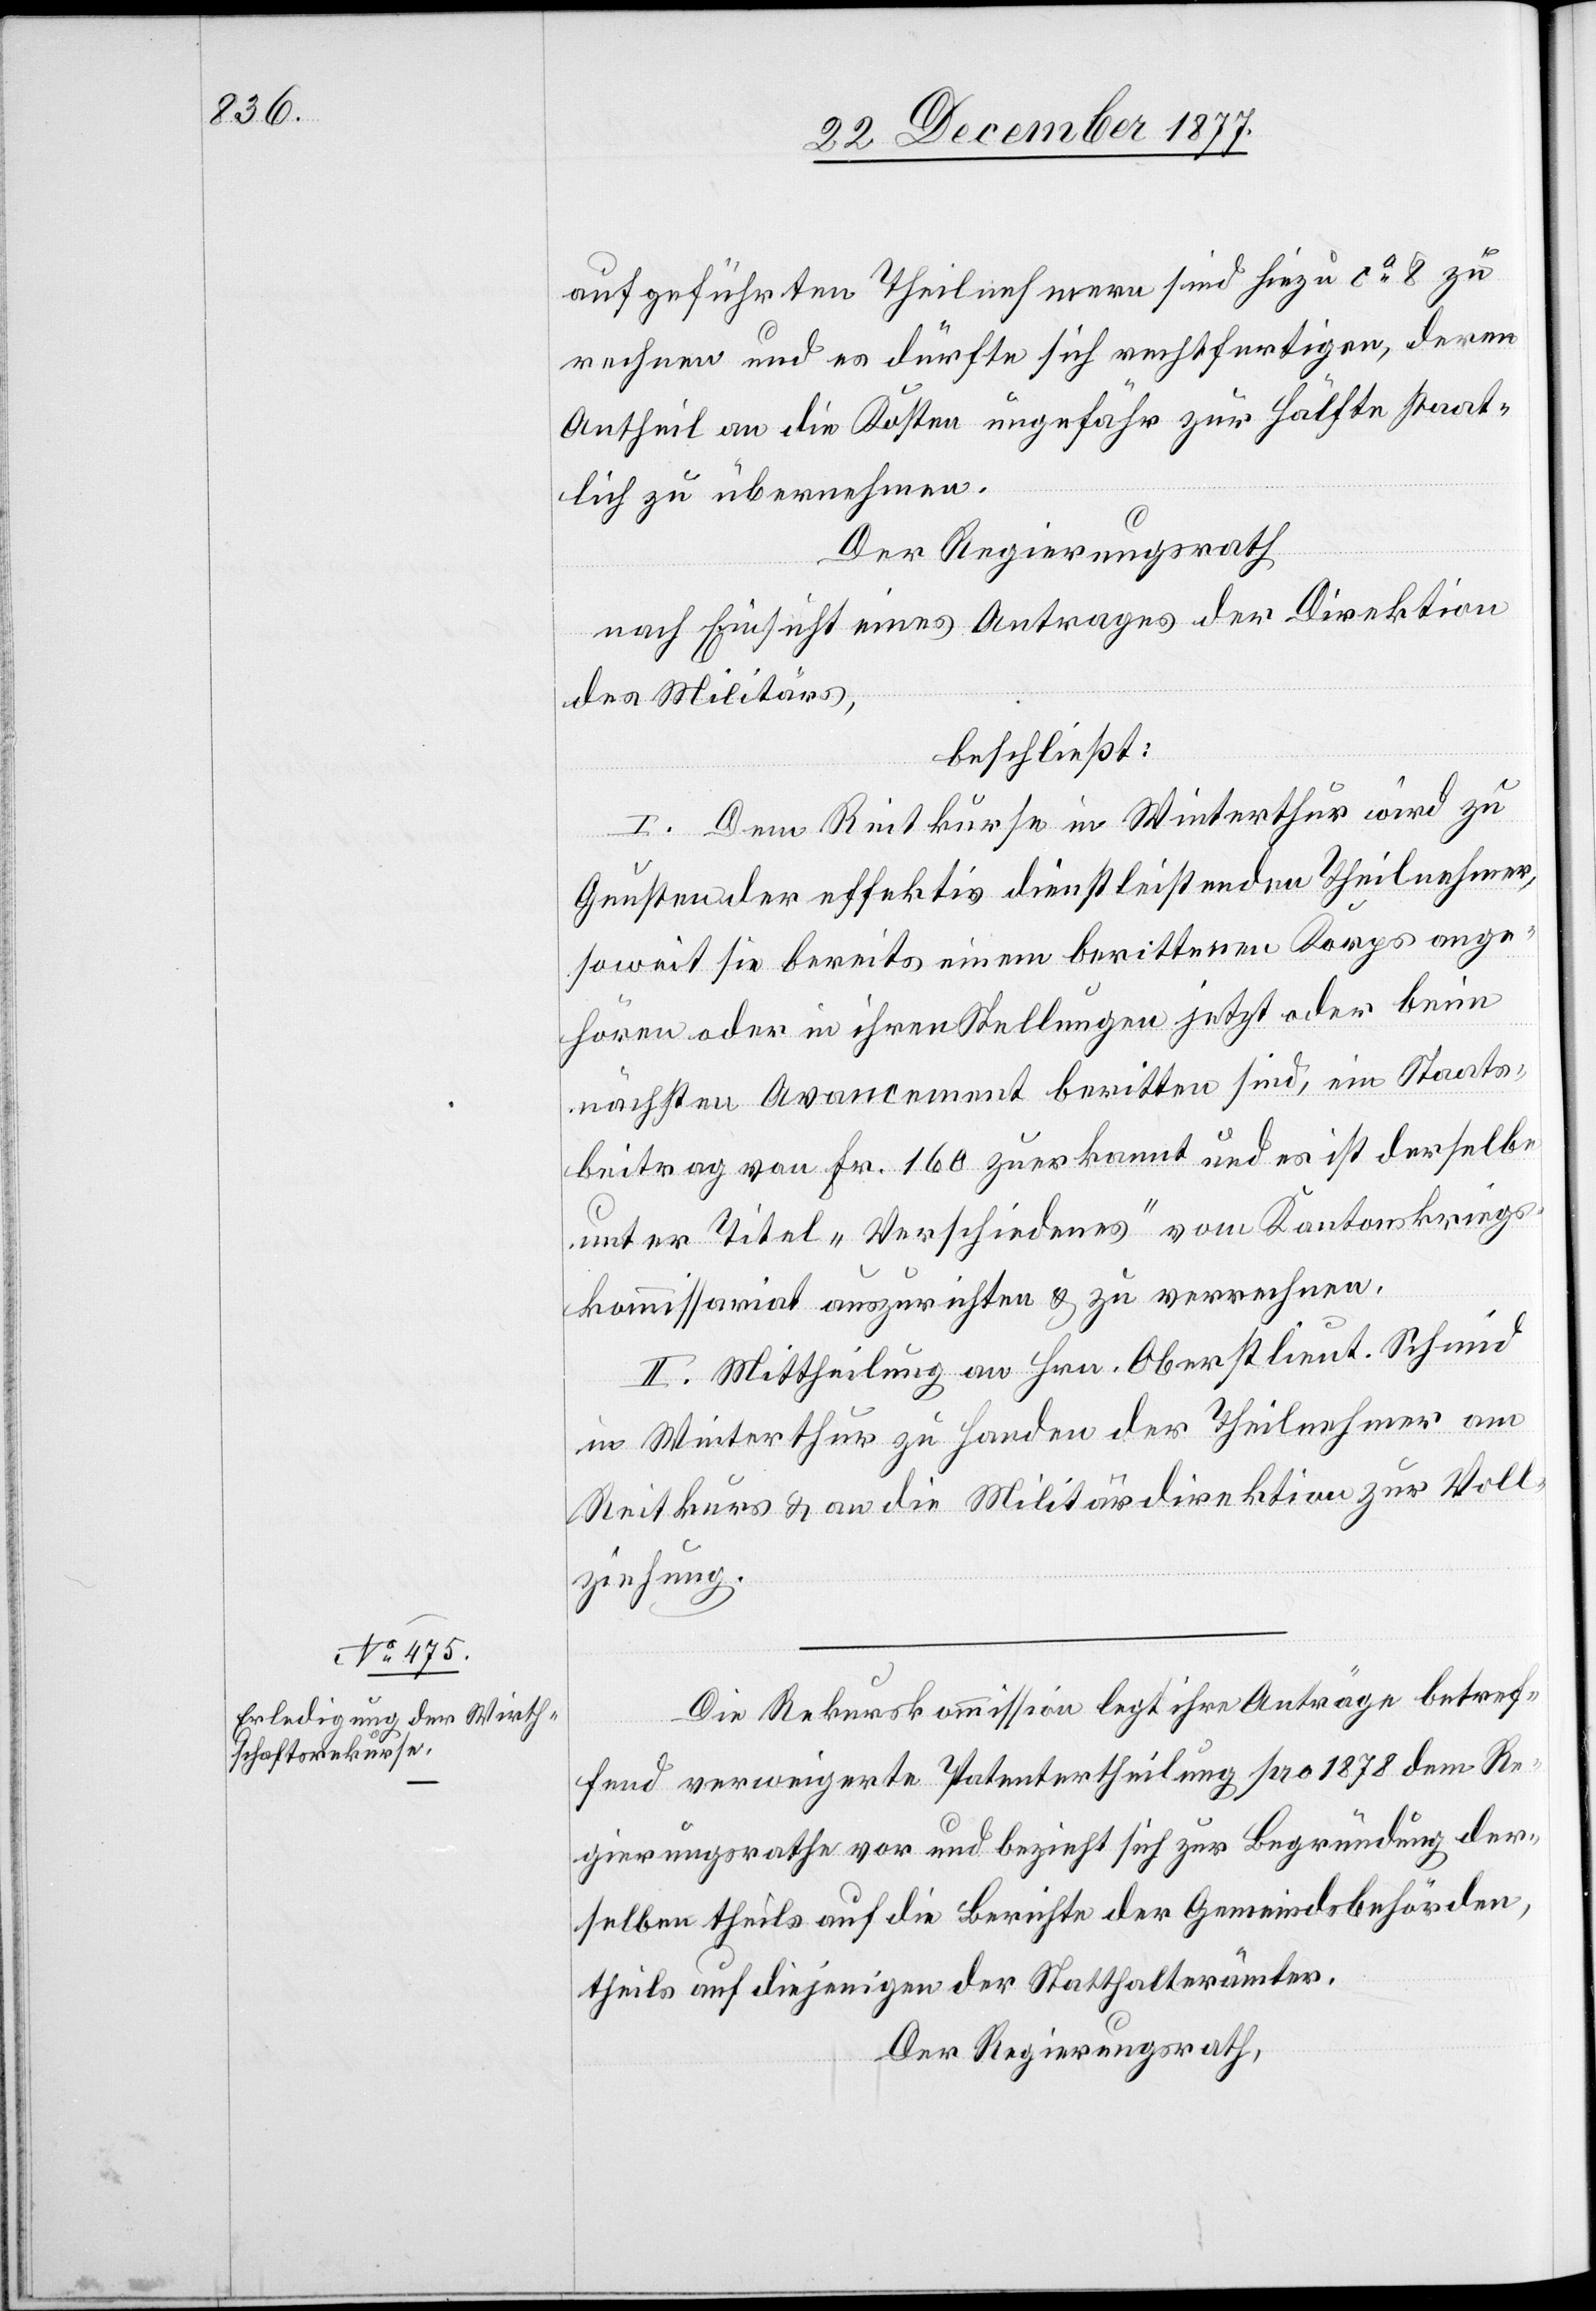
aufgeführten Theilnehmern sind hiezu ca 8 zu
rechnen und es dürfte sich rechtfertigen, deren
Antheil an die Kosten ungefähr zur Hälfte staat¬
lich zu übernehmen.
Der Regierungsrath
nach Einsicht eines Antrages der Direktion
des Militärs,
beschließt:
I. Dem Reitkurse in Winterthur wird zu
Gunsten der effektiv dienstleistenden Theilnehmer,
soweit sie bereits einem berittenen Korps ange¬
hören oder in ihren Stellungen jetzt oder beim
nächsten Avancement beritten sind, ein Staats¬
beitrag von Fr. 160 zuerkannt und es ist derselbe
unter Titel „Verschiedenes“ vom Kantonskriegs¬
kommissariat auszurichten & zu verrechnen.
II. Mittheilung an Hrn. Oberstlieut. Schmid
in Winterthur zu Handen der Theilnehmer am
Reitkurs & an die Militärdirektion zur Voll¬
ziehung.
Die Rekurskommission legt ihre Anträge betref¬
fend verweigerte Patentertheilung pro 1878 dem Re¬
gierungsrathe vor und bezieht sich zur Begründung der¬
selben theils auf die Berichte der Gemeindsbehörden,
theils auf diejenigen der Statthalterämter.
Der Regierungsrath,